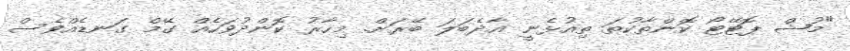
"މުޝް ޕޮޓޭޓޯ ކޮންތާކުތަ ތިއުޅެނީ އާދެބަލަ ބޭރަށް. މިހާރު ކޮންދުވަހެއް ގޭމް ގަނޑެއްވެސް